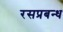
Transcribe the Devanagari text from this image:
रसप्रबन्ध